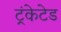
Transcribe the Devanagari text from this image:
ट्रंकेटेड